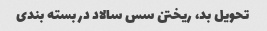
تحویل بد، ریختن سس سالاد در بسته بندی